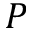
P